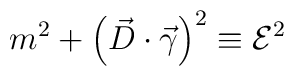
m^2+\left(\vec{D}\cdot\vec{\gamma}\right)^2\equiv {\cal E}^2